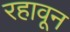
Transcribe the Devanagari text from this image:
रहावून